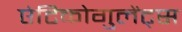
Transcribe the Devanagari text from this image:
एंटिकोगुलेंट्स